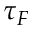
\tau _ { F }